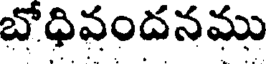
బోధివందనము